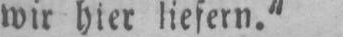
wir hier liefern.“